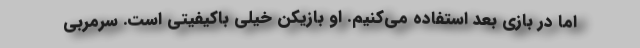
اما در بازی بعد استفاده می‌کنیم. او بازیکن خیلی باکیفیتی است. سرمربی